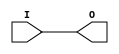
module IBUF_LVCMOS33 (O, I);

    output O;

    input  I;

	buf B1 (O, I);


endmodule